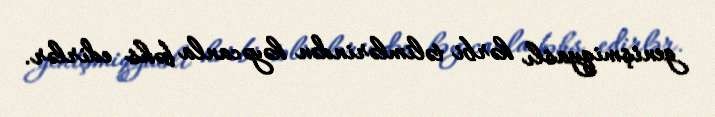
genişmiqyaslı hərbi təlimlərindən həyəcanla bəhs edirlər.